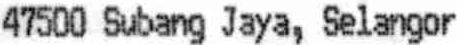
47500 SUBANG JAYA, SELANGOR